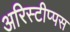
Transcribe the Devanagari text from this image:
अरिस्टीप्पस